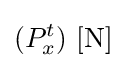
(P_{x}^{t})\ \mathrm {[N]}